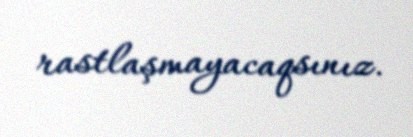
rastlaşmayacaqsınız.